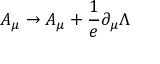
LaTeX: A _ { \mu } \to A _ { \mu } + \frac { 1 } { e } \partial _ { \mu } \Lambda